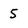
Character: 5